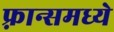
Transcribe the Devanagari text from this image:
फ़्रान्समध्ये